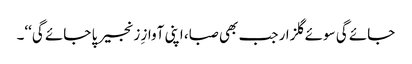
جائے گی سوئے گلزار جب بھی صبا، اپنی آوازِ زنجیر پا جائے گی‘‘۔